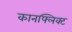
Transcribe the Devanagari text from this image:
कानफ्लिक्ट